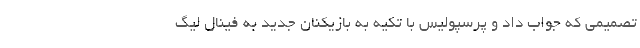
تصمیمی که جواب داد و پرسپولیس با تکیه به بازیکنان جدید به فینال لیگ